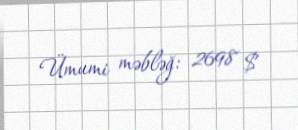
Ümumi məbləğ: 2698 $